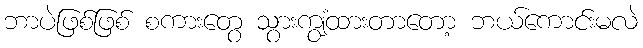
ဘာပဲဖြစ်ဖြစ် စကားတွေ သွားကျွံထားတာတော့ ဘယ်ကောင်းမလဲ